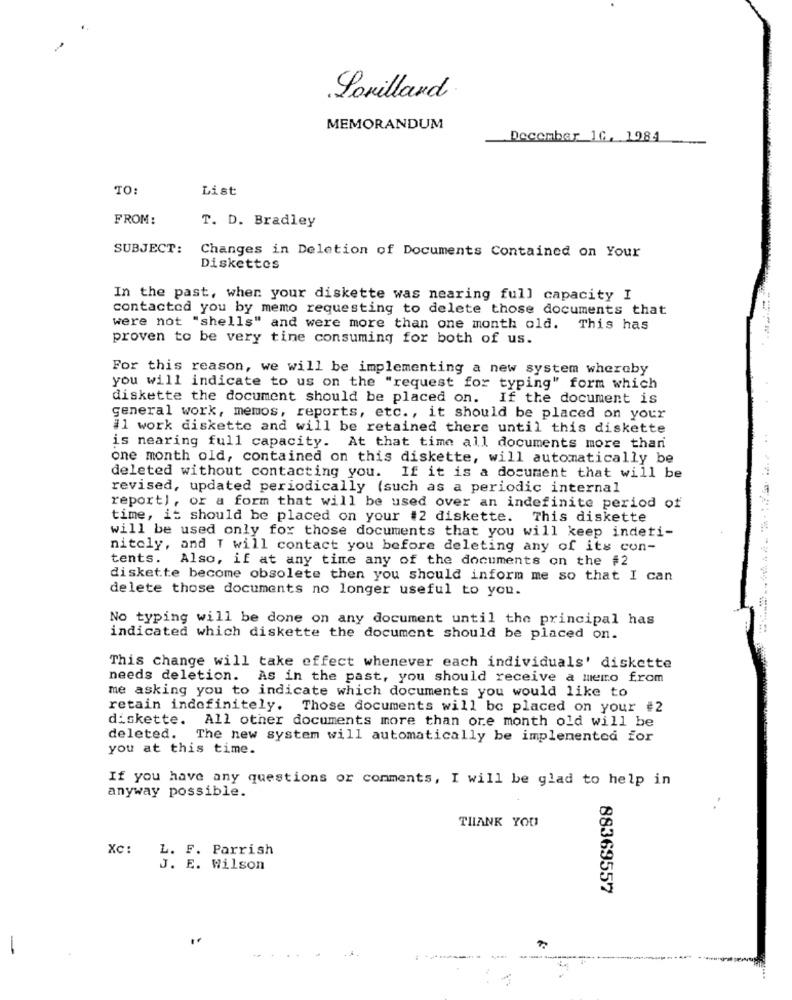
Lorillard
MEMORANDUM
December 10, 1984
TO:
List
FROM:
T. D. Bradley
SUBJECT:
Changes in Deletion of Documents Contained on Your
Diskettes
In the past, when your diskette was nearing full capacity I
contacted you by memo requesting to delete those documents that
were not "shells" and were more than one month old. This has
proven to be very tine consuming for both of us.
For this reason, we will be implementing a new system whereby
you will indicate to us on the "request for typing" form which
diskette the document should be placed on. If the document is
general work, memos, reports, etc ., it should be placed on your
Il work diskette and will be retained there until this diskette
is nearing full capacity. At that time all documents more than
one month old, contained on this diskette, will automatically be
deleted without contacting you.
If it is a document that will be
revised, updated periodically (such as a periodic internal
report), or a form that will be used over an indefinite period of
time, it should be placed on your #2 diskette. This diskette
will be used only for those documents that you will keep indeti-
nitoly, and I will contact you before deleting any of its con-
tents. Also, if at any time any of the documents on the #2
diskette become obsolete then you should inform me so that I can
delete those documents no longer useful to you.
No typing will be done on any document until the principal has
indicated which diskette the document should be placed on.
This change will take effect whenever each individuals' diskette
needs deletion. As in the past, you should receive a memo from
me asking you to indicate which documents you would like to
retain indefinitely. Those documents will be placed on your #2
diskette. All other documents more than ore month old will be
deleted.
The new system will automatically be implemented for
you at this time.
If you have any questions or comments, I will be glad to help in
anyway possible.
..
THANK YOU
Xc: L. F. Parrish
J. E. Wilson
88369557
-